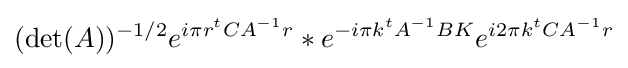
(\det(A))^{-1/2}e^{i\pi r^{t}CA^{-1}r}*e^{-i\pi k^{t}A^{-1}BK}e^{i2\pi k^{t}CA^{-1}r}